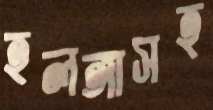
হলঙ্গাসহ